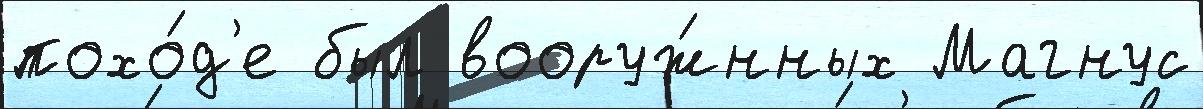
похо́д'е был вооруж́нных Магнус